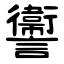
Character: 讏